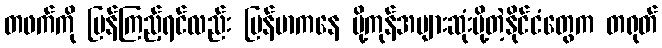
တဖက်ကို ပြန်ကြည့်ရင်လည်း မြန်မာကနေ ပို့ကုန်အများဆုံးပို့တဲ့နိုင်ငံတွေက တရုတ်